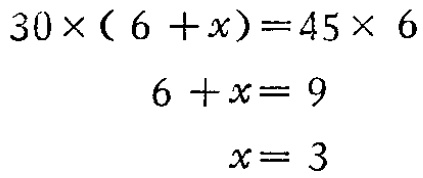
\[

\begin{align*}

30\times(6 + x)&=45\times 6\\

6 + x&= 9\\

x&= 3

\end{align*}

\]